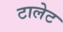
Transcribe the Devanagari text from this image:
टालेट